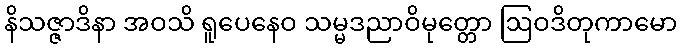
နိသဇ္ဇာဒိနာ အဝသိ ရူပေနေဝ သမ္မဒညာဝိမုတ္တော ဩဝဒိတုကာမော